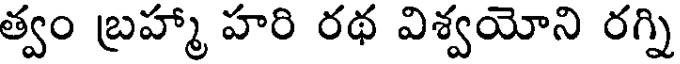
త్వం బ్రహ్మా హరి రథ విశ్వయోని రగ్ని